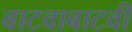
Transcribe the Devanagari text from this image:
बाटवाबाटवी